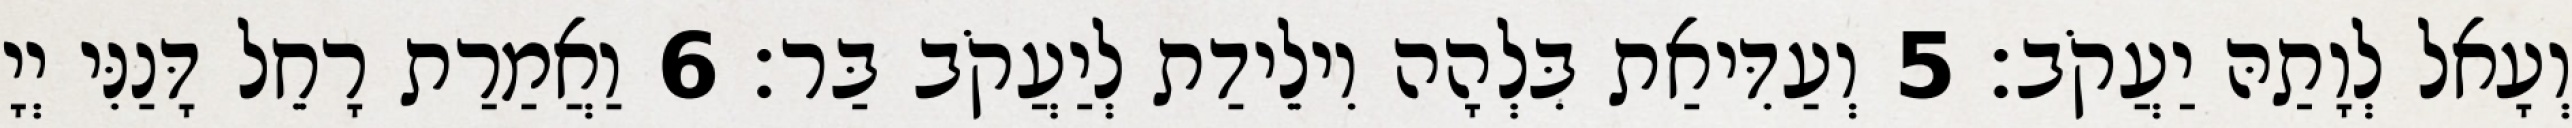
וְעָאל לְוָתַהּ יַעֲקֹב׃ 5 וְעַדִּיאַת בִּלְהָה וִילֵידַת לְיַעֲקֹב בַּר׃ 6 וַאֲמַרַת רָחֵל דָּנַנִּי יְיָ